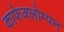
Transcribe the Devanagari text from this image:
काफेक्लोम्पन